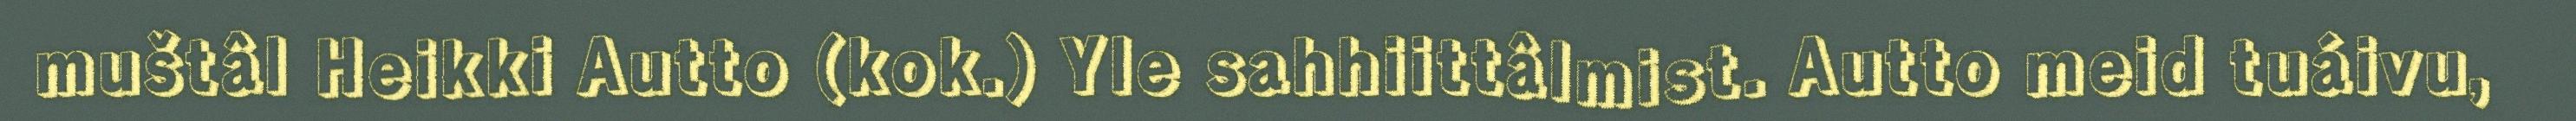
muštâl Heikki Autto (kok.) Yle sahhiittâlmist. Autto meid tuáivu,